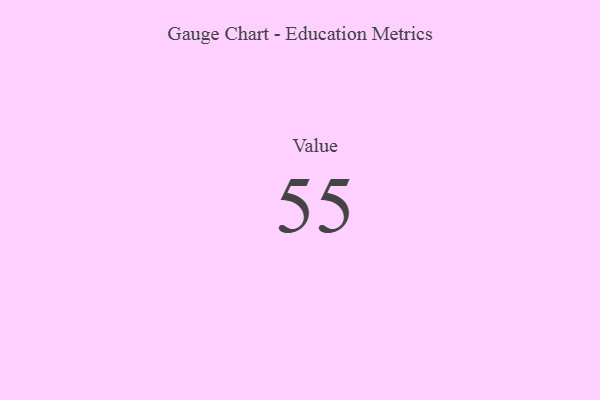
{"axis": {"x": "Metric", "y": "Value"}, "legend": [""], "data": [{"x": "Value", "y": 55, "type": ""}]}